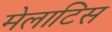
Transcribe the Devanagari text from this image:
मेलाटिस